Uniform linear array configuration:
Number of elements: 64
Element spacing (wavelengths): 1
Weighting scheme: uniform
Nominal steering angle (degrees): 45
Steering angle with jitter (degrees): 43.231
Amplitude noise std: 0.05
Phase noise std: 0.05

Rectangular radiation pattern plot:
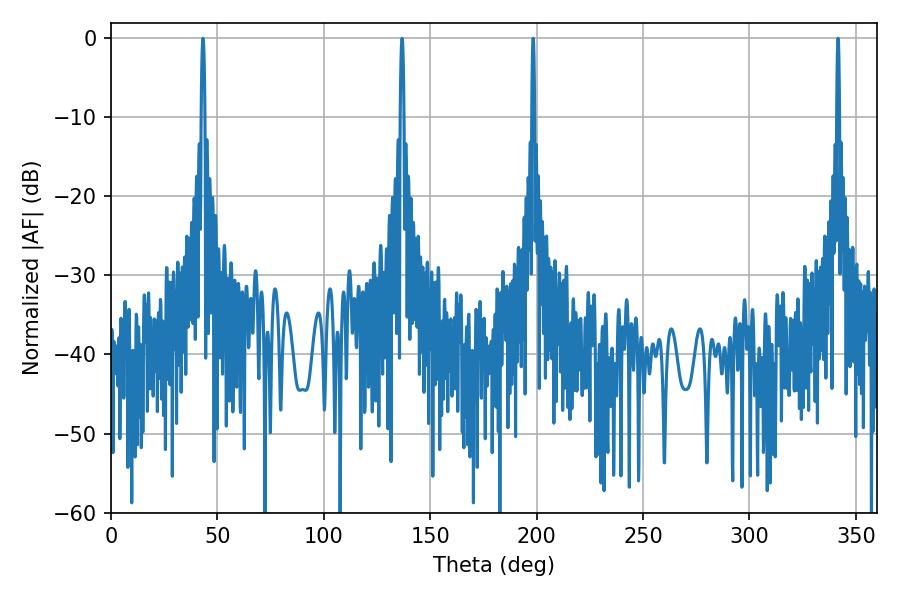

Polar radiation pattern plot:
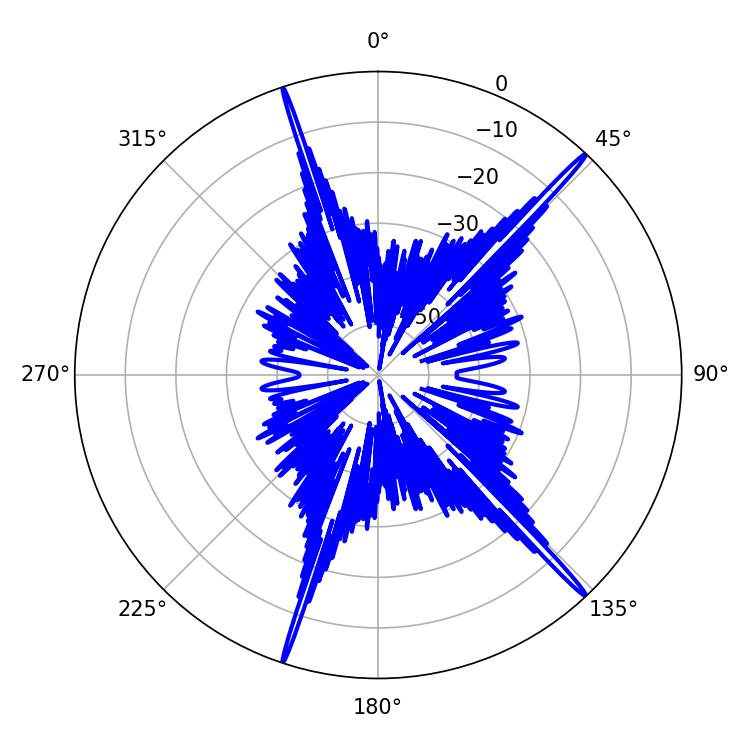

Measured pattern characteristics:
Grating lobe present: TRUE
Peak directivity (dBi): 20.219
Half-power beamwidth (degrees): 0.72
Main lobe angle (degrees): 198.36